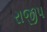
રાજીપ